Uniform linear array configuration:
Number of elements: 32
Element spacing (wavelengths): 0.75
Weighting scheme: blackman
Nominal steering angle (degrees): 45
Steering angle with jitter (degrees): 45.755
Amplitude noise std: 0.05
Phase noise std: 0.05

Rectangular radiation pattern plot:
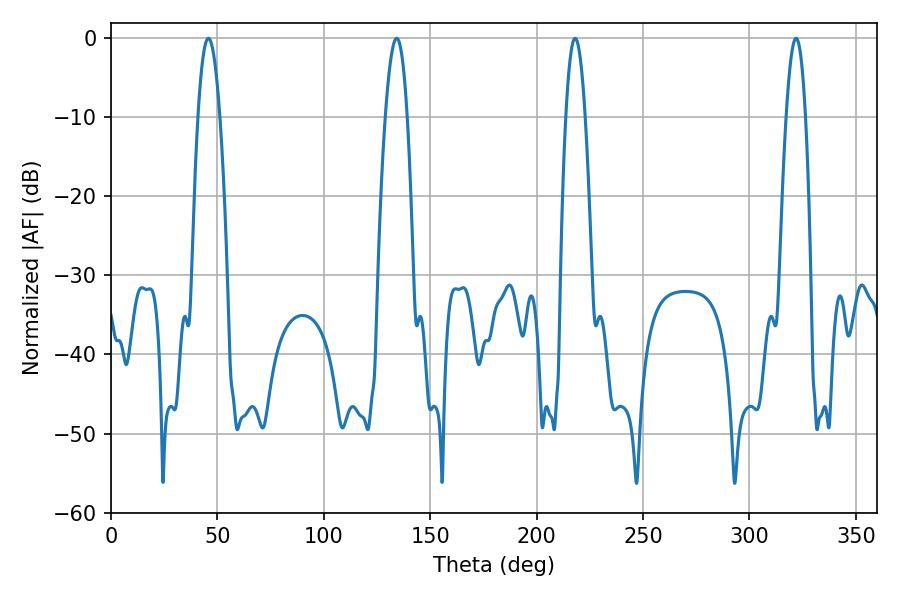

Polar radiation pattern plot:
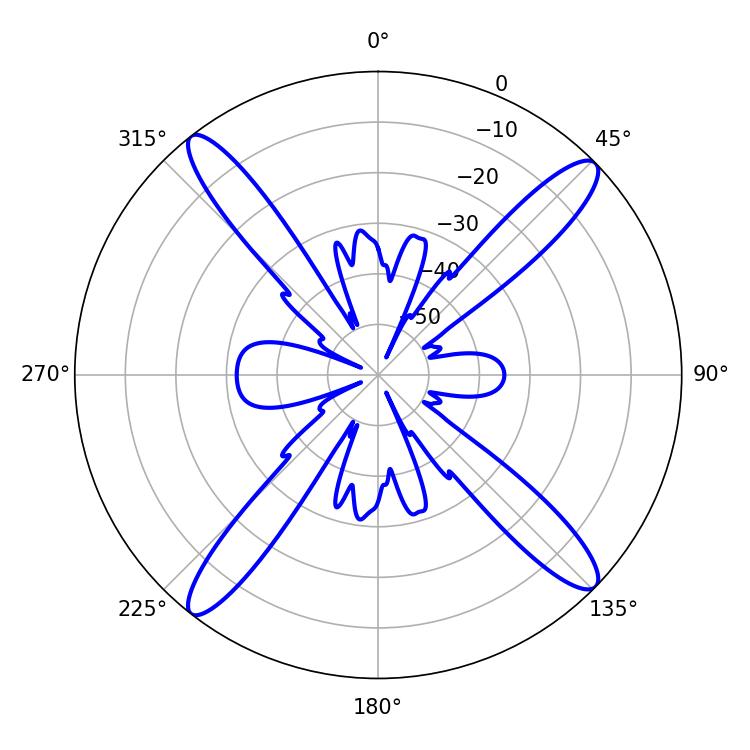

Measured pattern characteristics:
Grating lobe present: TRUE
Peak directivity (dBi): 17.422
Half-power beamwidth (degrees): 5.58
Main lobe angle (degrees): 45.72